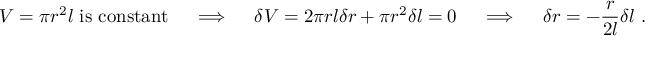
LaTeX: V = \pi r ^ { 2 } l { \mathrm { ~ i s ~ c o n s t a n t } } \quad \implies \quad \delta V = 2 \pi r l \delta r + \pi r ^ { 2 } \delta l = 0 \quad \implies \quad \delta r = - { \frac { r } { 2 l } } \delta l ~ .